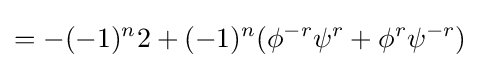
=-(-1)^{n}2+(-1)^{n}(\phi ^{-r}\psi ^{r}+\phi ^{r}\psi ^{-r})